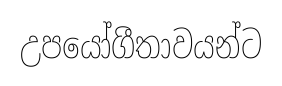
උපයෝගීතාවයන්ට